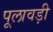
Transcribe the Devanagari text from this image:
पूलावड़ी